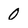
Character: 0